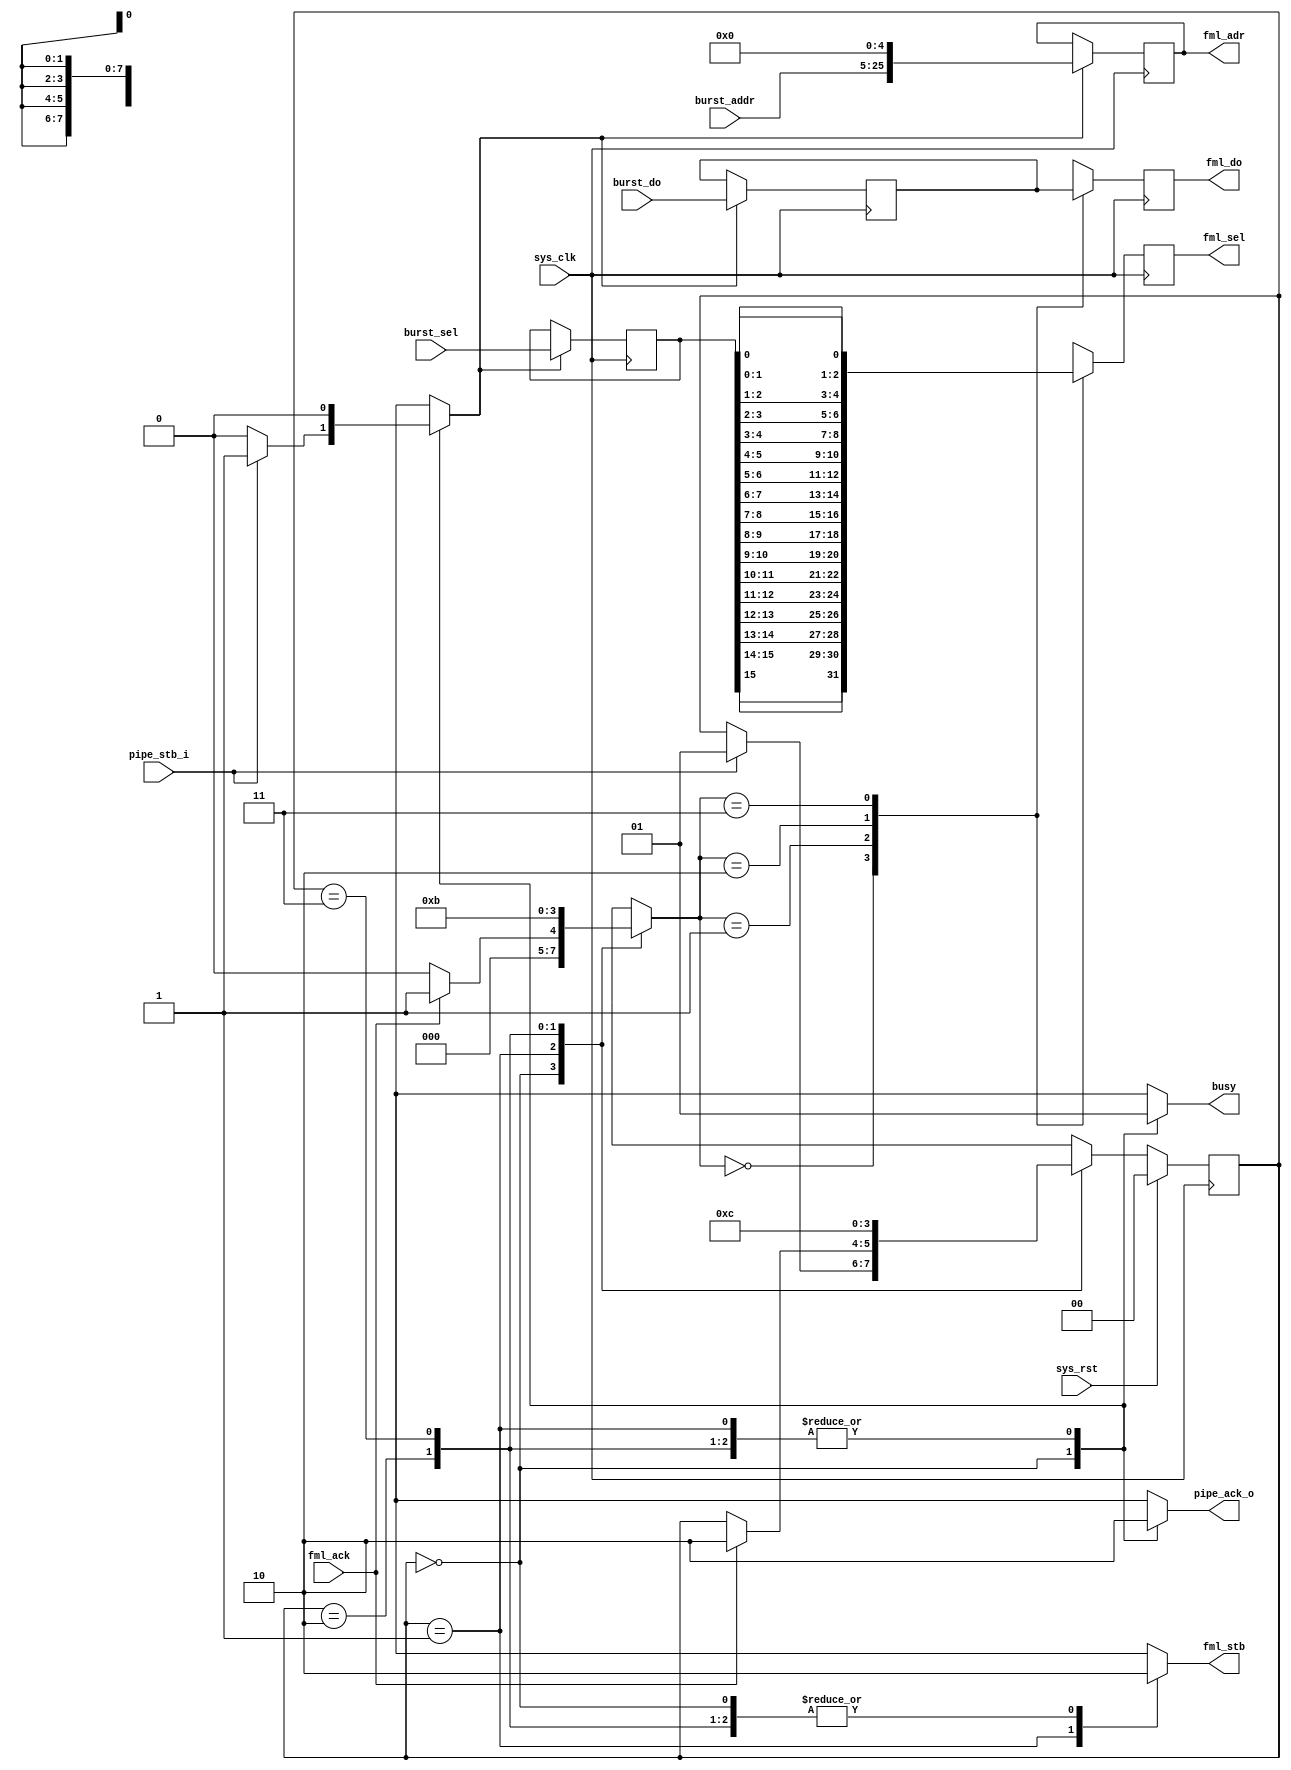
module tmu2_pixout #(
	parameter fml_depth = 26
) (
	input sys_clk,
	input sys_rst,
	
	output reg busy,
	
	input pipe_stb_i,
	output reg pipe_ack_o,
	input [fml_depth-5-1:0] burst_addr,
	input [15:0] burst_sel,
	input [255:0] burst_do,
	
	output reg [fml_depth-1:0] fml_adr,
	output reg fml_stb,
	input fml_ack,
	output reg [7:0] fml_sel,
	output reg [63:0] fml_do
);

reg [15:0] burst_sel_r;
reg [255:0] burst_do_r;

reg load;
always @(posedge sys_clk) begin
	if(load) begin
		fml_adr = {burst_addr, 5'd0};
		burst_sel_r = burst_sel;
		burst_do_r = burst_do;
	end
end

reg [1:0] bcounter;
always @(posedge sys_clk) begin
	case(bcounter)
		2'd0: begin
			fml_sel <= {
				burst_sel_r[15], burst_sel_r[15],
				burst_sel_r[14], burst_sel_r[14],
				burst_sel_r[13], burst_sel_r[13],
				burst_sel_r[12], burst_sel_r[12]
				};
			fml_do <= burst_do_r[255:192];
		end
		2'd1: begin
			fml_sel <= {
				burst_sel_r[11], burst_sel_r[11],
				burst_sel_r[10], burst_sel_r[10],
				burst_sel_r[ 9], burst_sel_r[ 9],
				burst_sel_r[ 8], burst_sel_r[ 8]
				};
			fml_do <= burst_do_r[191:128];
		end
		2'd2: begin
			fml_sel <= {
				burst_sel_r[ 7], burst_sel_r[ 7],
				burst_sel_r[ 6], burst_sel_r[ 6],
				burst_sel_r[ 5], burst_sel_r[ 5],
				burst_sel_r[ 4], burst_sel_r[ 4]
				};
			fml_do <= burst_do_r[127: 64];
		end
		2'd3: begin
			fml_sel <= {
				burst_sel_r[ 3], burst_sel_r[ 3],
				burst_sel_r[ 2], burst_sel_r[ 2],
				burst_sel_r[ 1], burst_sel_r[ 1],
				burst_sel_r[ 0], burst_sel_r[ 0]
				};
			fml_do <= burst_do_r[ 63:  0];
		end
	endcase
end

reg [1:0] state;
reg [1:0] next_state;

parameter IDLE	= 2'd0;
parameter WAIT	= 2'd1;
parameter XFER2	= 2'd2;
parameter XFER3	= 2'd3;

always @(posedge sys_clk) begin
	if(sys_rst)
		state <= IDLE;
	else
		state <= next_state;
end

always @(*) begin
	next_state = state;
	
	busy = 1'b1;
	pipe_ack_o = 1'b0;
	fml_stb = 1'b0;
	
	load = 1'b0;
	bcounter = 2'bxx;
	
	case(state)
		IDLE: begin
			busy = 1'b0;
			pipe_ack_o = 1'b1;
			bcounter = 2'd0;
			if(pipe_stb_i) begin
				load = 1'b1;
				next_state = WAIT;
			end
		end
		WAIT: begin
			fml_stb = 1'b1;
			bcounter = 2'd0;
			if(fml_ack) begin
				bcounter = 2'd1;
				next_state = XFER2;
			end
		end
		XFER2: begin
			bcounter = 2'd2;
			next_state = XFER3;
		end
		XFER3: begin
			bcounter = 2'd3;
			next_state = IDLE;
		end
	endcase
end

endmodule